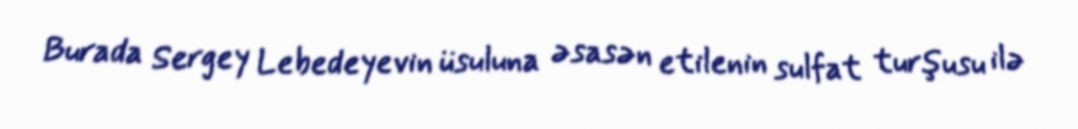
Burada Sergey Lebedeyevin üsuluna əsasən etilenin sulfat turşusu ilə